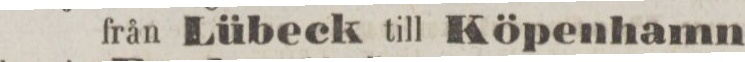
från Lübeck till Köpenhamn